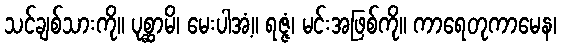
သင်ချစ်သားကို။ ပုစ္ဆာမိ၊ မေးပါအံ့။ ရဇ္ဇံ၊ မင်းအဖြစ်ကို။ ကာရေတုကာမေန၊